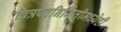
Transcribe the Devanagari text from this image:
चित्रपटनिर्मितीमध्येही